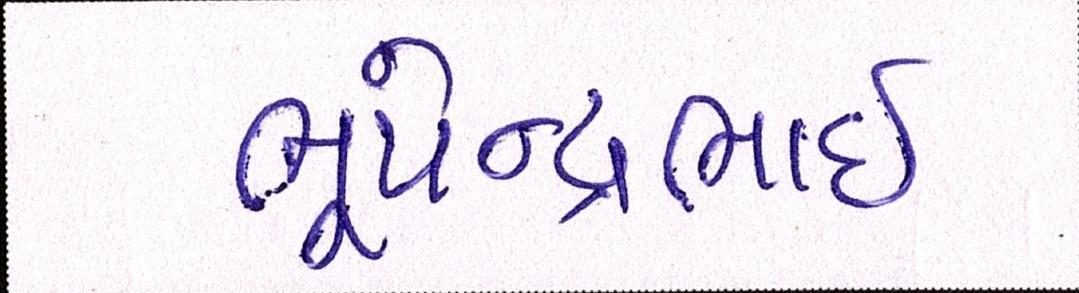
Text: ભૂપેન્દ્રભાઈ